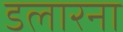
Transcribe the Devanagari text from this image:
डलारना